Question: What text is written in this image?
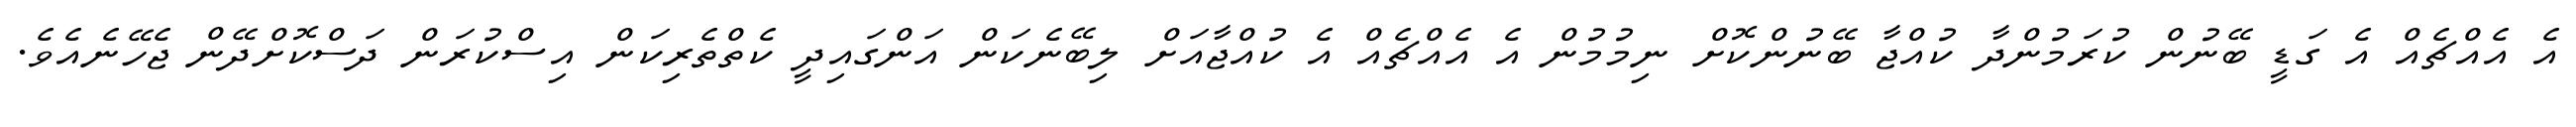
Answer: އެ އެއްޗެއް އެ ގަޑީ ބޭނުން ކުރަމުންދާ ކުއްޖާ ބޭނުންކޮށް ނިމުމުން އެ އެއްޗެއް އެ ކުއްޖާއަށް ލިބޭނެކަން އަންގައިދީ ކެތްތެރިކަން އިސްކުރަން ދަސްކޮށްދޭން ޖެހޭނެއެވެ.